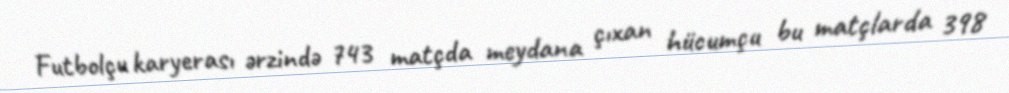
Futbolçu karyerası ərzində 743 matçda meydana çıxan hücumçu bu matçlarda 398